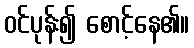
ဝင်ပုန်း၍ စောင့်နေ၏။